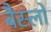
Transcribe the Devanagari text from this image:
बैस्लो